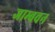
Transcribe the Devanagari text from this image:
जाम्बवन